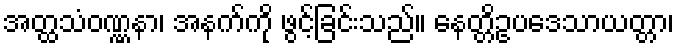
အတ္ထသံဝဏ္ဏနာ၊ အနက်ကို ဖွင့်ခြင်းသည်။ နေတ္တိဥပဒေသာယတ္တာ၊